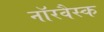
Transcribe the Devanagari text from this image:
नॉरवैस्क